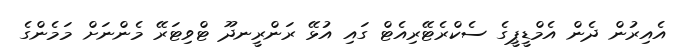
އެއިރުން ދެން އެމްޑީޕީގެ ސެކްރެޓޭރިއެޓް ގައި އުޅޭ ރަންރީނދޫ ޓްވިޓަރޭ މެންނަށް މަމެންގެ